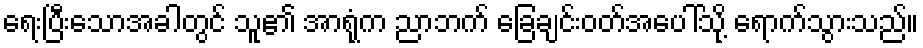
ရေးပြီးသောအခါတွင် သူ၏ အာရုံက ညာဘက် ခြေချင်းဝတ်အပေါ်သို့ ရောက်သွားသည်။